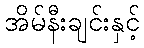
အိမ်နီးချင်းနှင့်